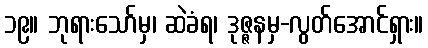
၁၉။ ဘုရားသော်မှ၊ ဆဲခံရ၊ ဒုဇ္ဇနမှ-လွတ်အောင်ရှား။